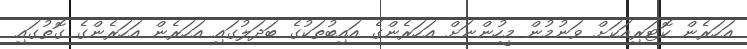
އަހަރެން ކޮޓަރިއަކަށް ވަނުމުން މީހުންނަށް އަހަރެންގެ އައިބުތަކުގެ ބަދަލުގައި އަހަރެން އަހަރެންގެ ގޮތުގައި